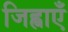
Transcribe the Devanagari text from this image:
जिह्वाएँ